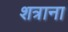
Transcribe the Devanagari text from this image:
शत्राना